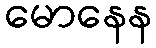
မောနေန